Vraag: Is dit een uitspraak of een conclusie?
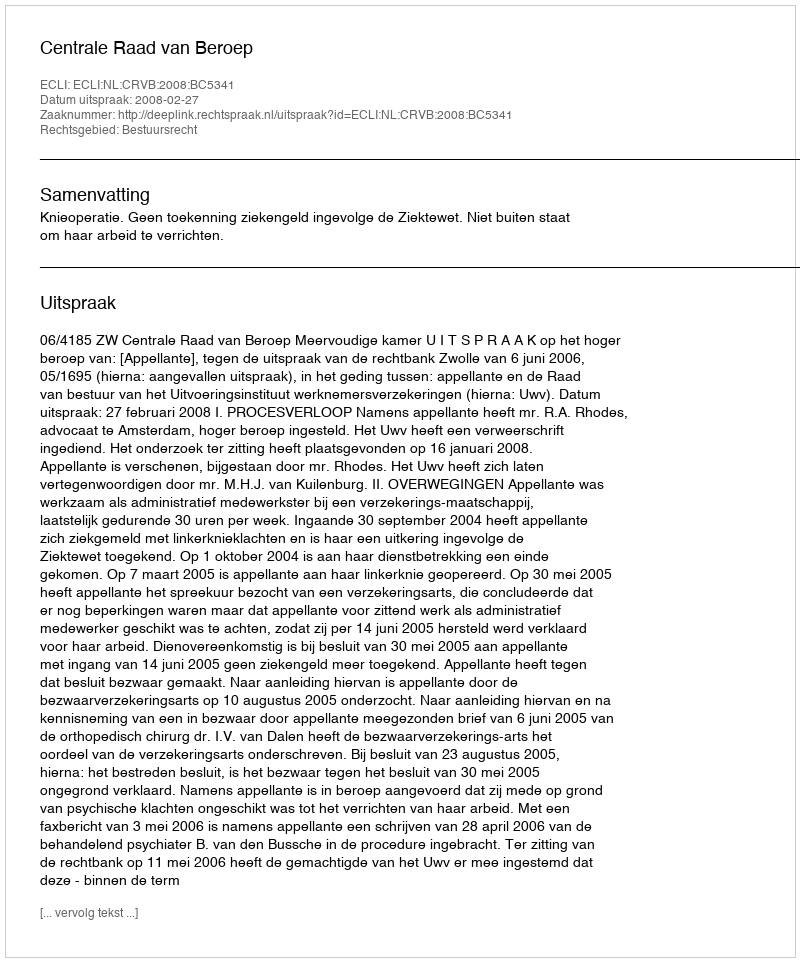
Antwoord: Uitspraak